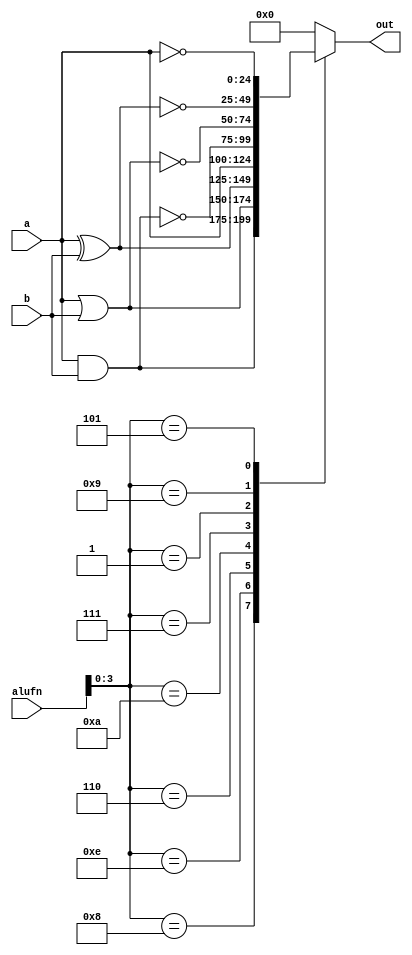
/*
   This file was generated automatically by the Mojo IDE version B1.3.6.
   Do not edit this file directly. Instead edit the original Lucid source.
   This is a temporary file and any changes made to it will be destroyed.
*/

module boole_41 (
    input [24:0] a,
    input [24:0] b,
    input [5:0] alufn,
    output reg [24:0] out
  );
  
  
  
  always @* begin
    
    case (alufn[0+3-:4])
      4'h8: begin
        out = a & b;
      end
      4'he: begin
        out = a | b;
      end
      4'h6: begin
        out = a ^ b;
      end
      4'ha: begin
        out = a;
      end
      4'h7: begin
        out = ~(a & b);
      end
      4'h1: begin
        out = ~(a | b);
      end
      4'h9: begin
        out = ~(a ^ b);
      end
      4'h5: begin
        out = ~a;
      end
      default: begin
        out = 1'h0;
      end
    endcase
  end
endmodule